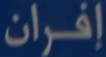
إفران